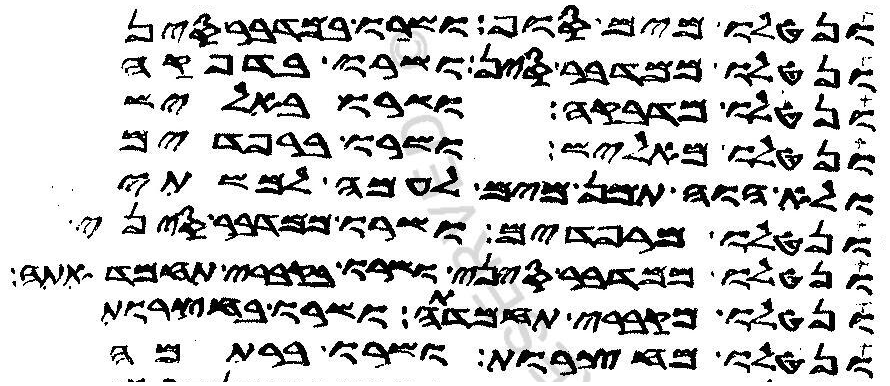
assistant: ונטלו מים סוף ושרו במדבר סין
ונטלו ממדבר סין ושרו בדפקה
ונטלו מדפקה ושרו באליש
ונטלו מאליש ושרו ברפדים
ולא הוה תמן מים לעמה למשתי
ונטלו מרפדים ושרו במדבר סיני
ונטלו ממדבר סיני ושרו בקברי תחמדאתה
ונטלו מקברי תחמדתה ושרו בחצרות
ונטלו מחצרות ושרו ברתמה